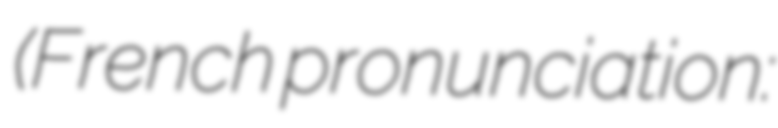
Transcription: (French pronunciation: